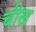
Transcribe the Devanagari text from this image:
चीख